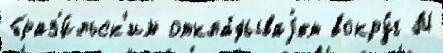
браз'и́льск'им откла́дываjет вокру́г М